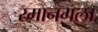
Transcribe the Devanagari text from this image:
रमानगला